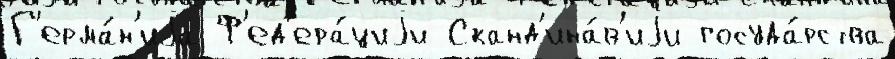
Г'ерма́н'иjа Ф'ед'ера́циjи Сканд'ина́в'иjи госуда́рства